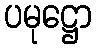
ပမုဋ္ဌော